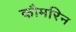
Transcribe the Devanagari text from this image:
कौमरिन